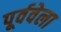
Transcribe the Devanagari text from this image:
पूर्ववेला